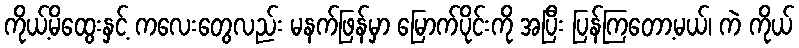
ကိုယ့်မိထွေးနှင့် ကလေးတွေလည်း မနက်ဖြန်မှာ မြောက်ပိုင်းကို အပြီး ပြန်ကြတော့မယ်၊ ကဲ ကိုယ်